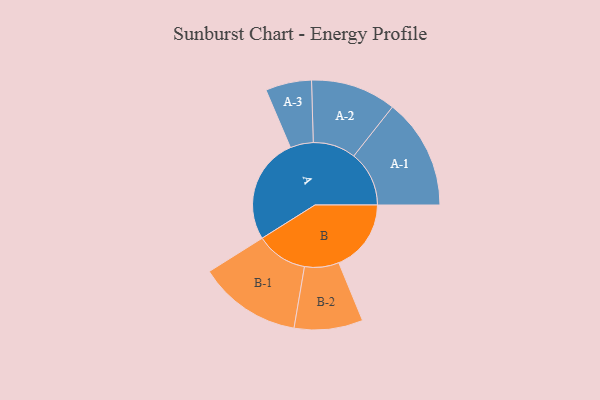
{"axis": {"x": "Segment", "y": "Value"}, "legend": ["", "A", "B"], "data": [{"x": "A", "y": 479, "type": ""}, {"x": "B", "y": 327, "type": ""}, {"x": "A-1", "y": 250, "type": "A"}, {"x": "A-2", "y": 193, "type": "A"}, {"x": "A-3", "y": 104, "type": "A"}, {"x": "B-1", "y": 233, "type": "B"}, {"x": "B-2", "y": 155, "type": "B"}]}